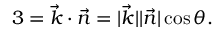
3 = \vec { k } \cdot \vec { n } = \vert \vec { k } \vert \vert \vec { n } \vert \cos \theta .